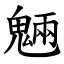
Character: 魎